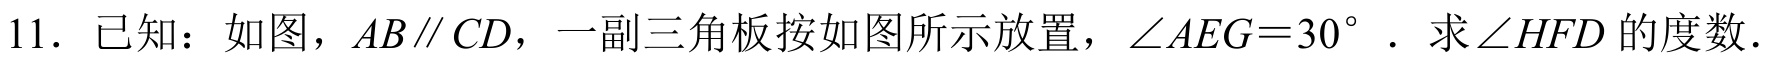
11. 已知：如图，\(AB\parallel CD\)，一副三角板按如图所示放置，\(\angle AEG = 30^{\circ}\). 求\(\angle HFD\)的度数.